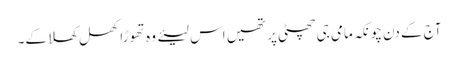
آج کے دن چونکہ مامی جی چھٹی پر تھیں اس لیئے وہ تھوڑا کھل کھلا کے۔